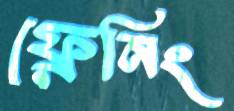
ফ্রেনিং